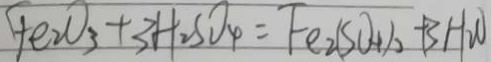
F e _ { 2 } O _ { 3 } + 3 H _ { 2 } S O _ { 4 } = F e _ { 2 } ( S O _ { 4 } ) _ { 3 } + 3 H _ { 2 } O